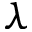
\lambda